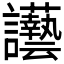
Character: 𲂀